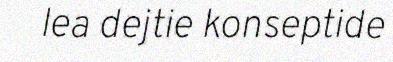
lea dejtie konseptide